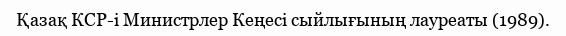
Қазақ КСР-і Министрлер Кеңесі сыйлығының лауреаты (1989).